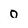
Character: o